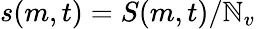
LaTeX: s(m,t)=S(m,t)/\mathbb{N}_{v}